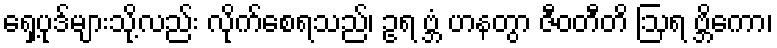
ရှေ့ပုဒ်များသို့လည်း လိုက်စေရသည်၊ ဥရ ဗ္ဘံ ဟနတွာ ဇီဝတီတိ ဩရ ဗ္ဘိကော၊